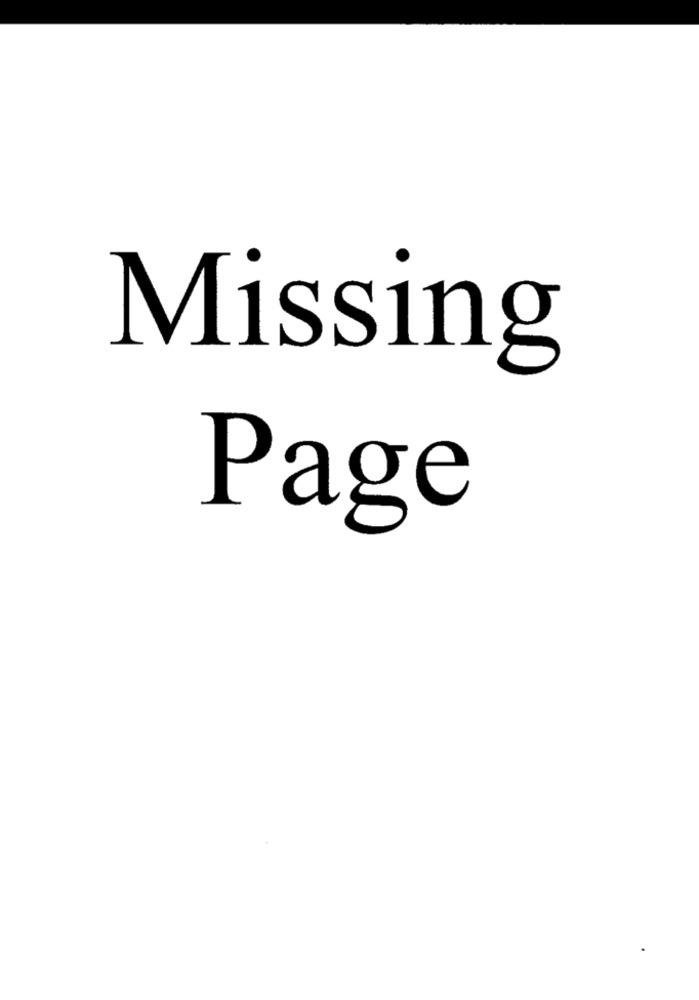
Missing
Page